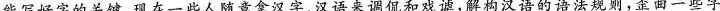
能写好字的关键，现在一些人随意拿汉字、汉语来调侃和戏谑，解构汉语的语法规则，歪曲一些字